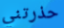
حذرتني